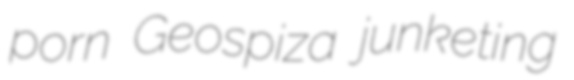
porn Geospiza junketing